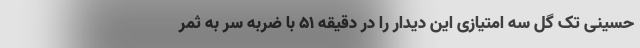
حسینی تک گل سه امتیازی این دیدار را در دقیقه ۵۱ با ضربه سر به ثمر